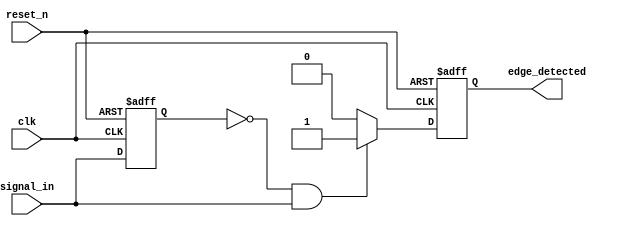
module rising_edge_detector (
    input wire clk,               // Clock input
    input wire reset_n,           // Active-low asynchronous reset
    input wire signal_in,         // Input signal to detect rising edge
    output reg edge_detected      // Output for detected rising edge
);

// Internal signal to store previous state of signal_in
reg previous_state;

// Asynchronous Reset and Edge Detection Logic
always @(posedge clk or negedge reset_n) begin
    if (!reset_n) begin
        // Reset the previous state and edge detection output
        previous_state <= 1'b0;
        edge_detected <= 1'b0;
    end else begin
        // Rising edge detection logic
        if (previous_state == 1'b0 && signal_in == 1'b1) begin
            edge_detected <= 1'b1;  // Rising edge detected
        end else begin
            edge_detected <= 1'b0;  // No rising edge detected
        end
        
        // Update previous state for the next clock cycle
        previous_state <= signal_in;
    end
end

endmodule